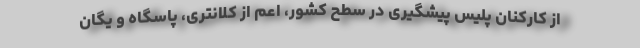
از کارکنان پلیس پیشگیری در سطح کشور، اعم از کلانتری، پاسگاه و یگان